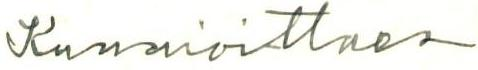
Kunnioittaen